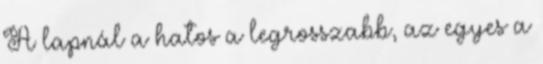
A lapnál a hatos a legrosszabb, az egyes a